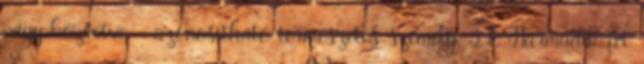
vagy közvetve - azonosítható természetes személy. 3.7. Harmadik fél